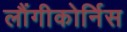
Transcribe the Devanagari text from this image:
लौंगीकोर्निस